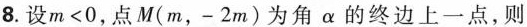
8.设$$m < 0$$，点M(m，-2m)为角α的终边上一点，则